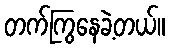
တက်ကြွနေခဲ့တယ်။